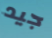
جيد